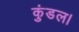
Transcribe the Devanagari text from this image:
कुंडल।